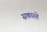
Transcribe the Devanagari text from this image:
सकारते